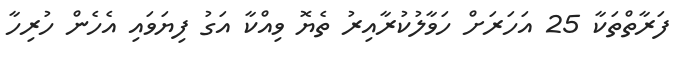
ފަރާތްތަކާ 25 އަހަރަށް ހަވާލުކުރާއިރު ތެޔޮ ވިއްކާ އަގު ފިޔަވައި އެހެން ހުރިހާ